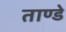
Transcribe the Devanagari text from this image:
ताण्डे